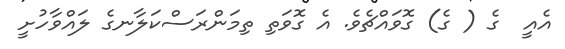
އެއީ  ގެ ( ގެ) ގޮވައްޗެވެ. އެ ގޮވަތި ތިމަންރަސްކަލާނގެ ލައްވާހުށީ